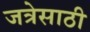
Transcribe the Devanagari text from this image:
जत्रेसाठी